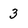
Character: 3